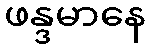
ဖန္ဒမာနေ